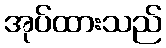
အုပ်ထားသည်